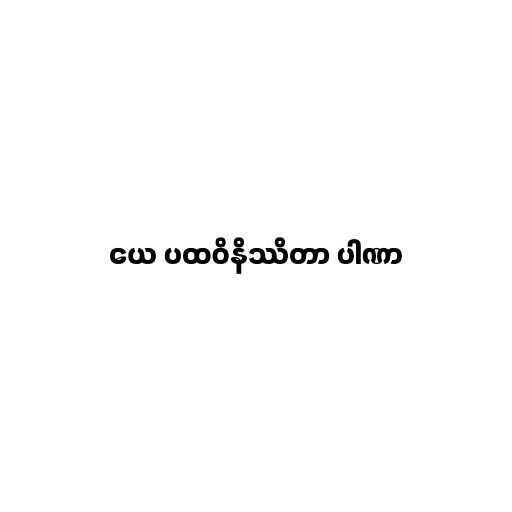
ယေ ပထဝိနိဿိတာ ပါဏာ